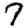
Digit: 7